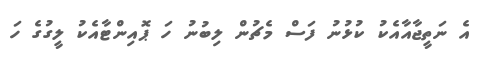
އެ ނަތީޖާއާއެކު ކުޅުނު ފަސް މެޗުން ލިބުނު ހަ ޕޮއިންޓާއެކު ލީގުގެ ހަ